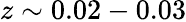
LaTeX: z\sim 0.02-0.03